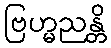
ဗြဟ္မညန္တိ